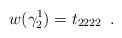
LaTeX: \begin{align*} w(\gamma^1_2) =t_{2222} \enspace . \end{align*}